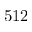
5 1 2